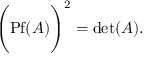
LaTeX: \Biggl ( \mathrm { P f } ( A ) \Biggr ) ^ { 2 } = \mathrm { d e t } ( A ) .